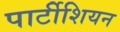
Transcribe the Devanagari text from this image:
पार्टीशियन